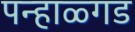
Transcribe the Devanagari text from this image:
पन्हाळ्गड